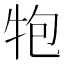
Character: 𭷝